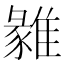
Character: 𩀅